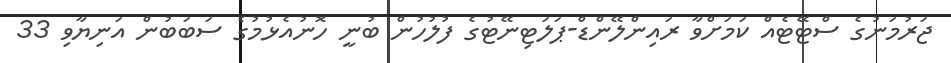
ޖަރުމަނުގެ ސްޓޭޓެއް ކަމަށްވާ ރައިންލޭންޑް-ޕަލަޓިނޭޓުގެ ފުލުހުން ބުނީ ހޮނުއެޅުމުގެ ސަބަބުން އަނިޔާވި 33